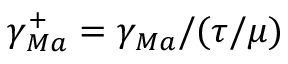
\gamma _ { M a } ^ { + } = \gamma _ { M a } / ( \tau / \mu )